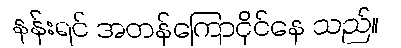
နန်းရင် အတန်ကြောငိုင်နေ သည်။